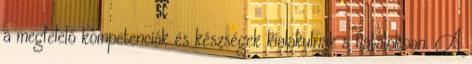
a megfelelő kompetenciák és készségek kialakulnak a fiatalokban. A